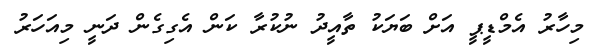
މިހާރު އެމްޑީޕީ އަށް ބަޔަކު ތާއީދު ނުކުރާ ކަން އެގިގެން ދަނީ މިއަހަރު